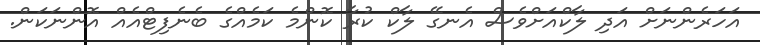
އަހަރެންނަށް އަދި ލާކްއަށްވެސް އެނގޭ ލާކް ކުރާ ކޮންމެ ކަމެއްގެ ބެނެފިޓްއެއް އޮންނަކަން.